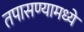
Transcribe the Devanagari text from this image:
तपासण्यामध्ये